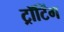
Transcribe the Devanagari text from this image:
ट्रॉटिंग